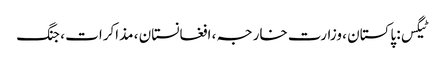
ٹیگس: پاکستان ، وزارت خارجہ ، افغانستان ، مذاکرات ، جنگ